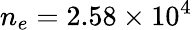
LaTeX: n_{e}=2.58\times 10^{4}